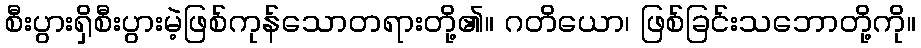
စီးပွားရှိစီးပွားမဲ့ဖြစ်ကုန်သောတရားတို့၏။ ဂတိယော၊ ဖြစ်ခြင်းသဘောတို့ကို။